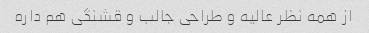
از همه نظر عالیه و طراحی جالب و قشنگی هم داره